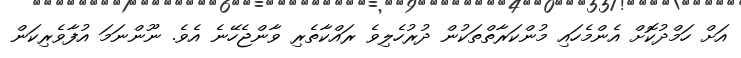
އަށް ހަމްދުކޮށް އެންމެހައި މުންކަރާތްތަކުން ދުރުހެލިވެ ރައްކާތެރި ވާންޖެހޭނެ އެވެ. ނޫންނަމަ އުފާވެރިކަން